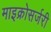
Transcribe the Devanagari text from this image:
माइक्रोसर्जरी